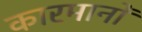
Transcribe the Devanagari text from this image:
कारमानों